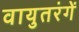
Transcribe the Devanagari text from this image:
वायुतरंगें